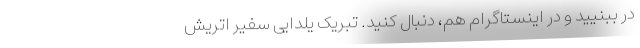
در ببنیید و در اینستاگرام هم، دنبال کنید. تبریک یلدایی سفیر اتریش